Document type: Sale
Year: 1235
Scribe: Pere de Bages
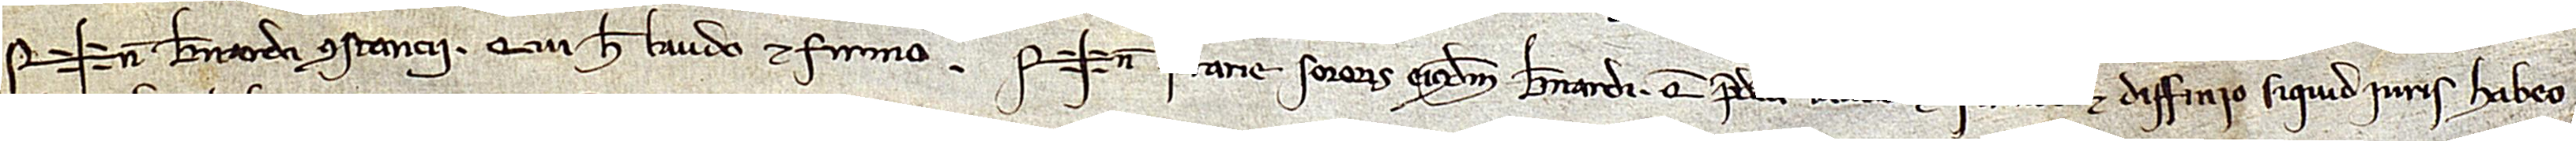
Sig+num Bernardi Constanci, qui hec laudo et firmo. Sig+num Ferrarier, sororis eiusdem Bernardi, que predicta laudo et firmo et diffinio siquid iuris habeo